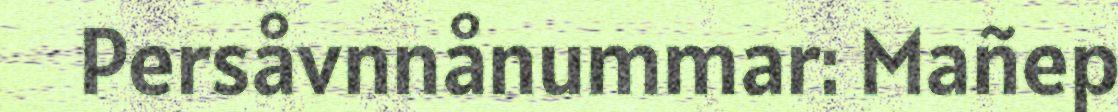
Persåvnnånummar: Mañep